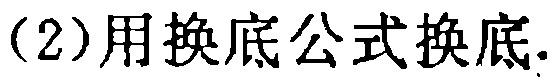
(2)用换底公式换底.